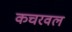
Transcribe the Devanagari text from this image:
कचरवल